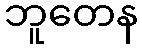
ဘူတေန